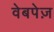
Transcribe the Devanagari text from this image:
वेबपेज़